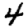
Digit: 4